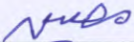
مصين